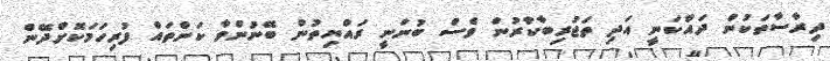
ދިރާސާތަކުން ދައްކަނީ އަދި ތަޖުރިބާކާރުން ވެސް ބުނަނީ ރައްޔިތުން ބޭނުންވާ ކަންތައް ފުރިހަމަކޮށްދޭން